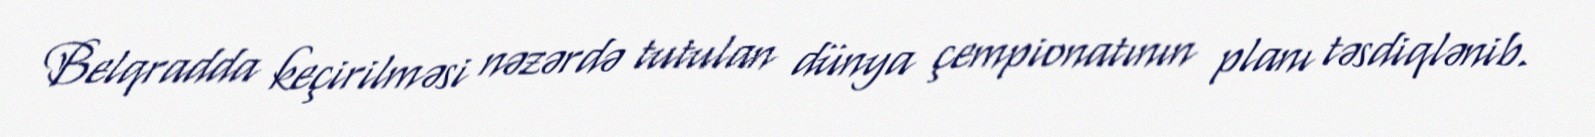
Belqradda keçirilməsi nəzərdə tutulan dünya çempionatının planı təsdiqlənib.